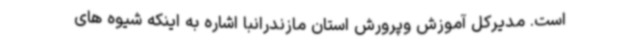
است. مدیرکل آموزش وپرورش استان مازندرانبا اشاره به اینکه شیوه های